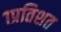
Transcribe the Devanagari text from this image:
१प्रतिशत